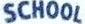
SCHOOL